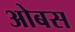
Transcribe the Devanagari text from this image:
ओबस